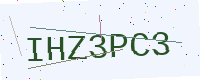
Text: IHZ3PC3